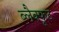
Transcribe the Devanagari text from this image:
ब्लैक्फूट